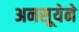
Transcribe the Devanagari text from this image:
अनसूयेने